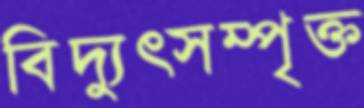
বিদ্যুত্সম্পৃক্ত